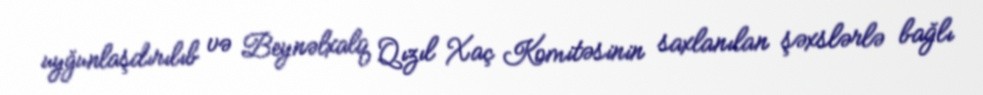
uyğunlaşdırılıb və Beynəlxalq Qızıl Xaç Komitəsinin saxlanılan şəxslərlə bağlı